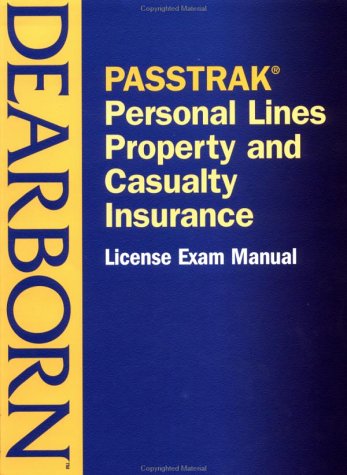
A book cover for PASSTRAK Property and Casualty Personal Lines Insurance License Exam Manual; Business & Money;